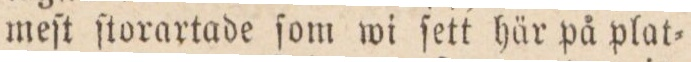
meſt ſtorartade ſom wi ſett här på plat=